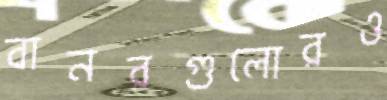
বানরগুলোরও